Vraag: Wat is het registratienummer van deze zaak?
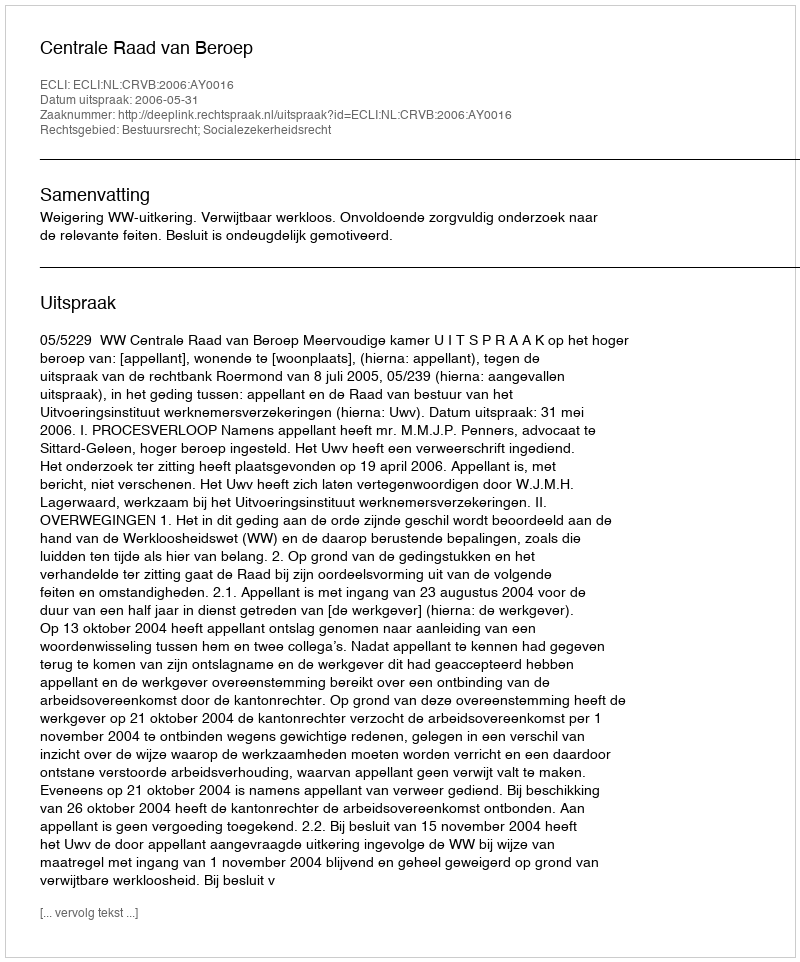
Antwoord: http://deeplink.rechtspraak.nl/uitspraak?id=ECLI:NL:CRVB:2006:AY0016